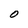
Character: 0